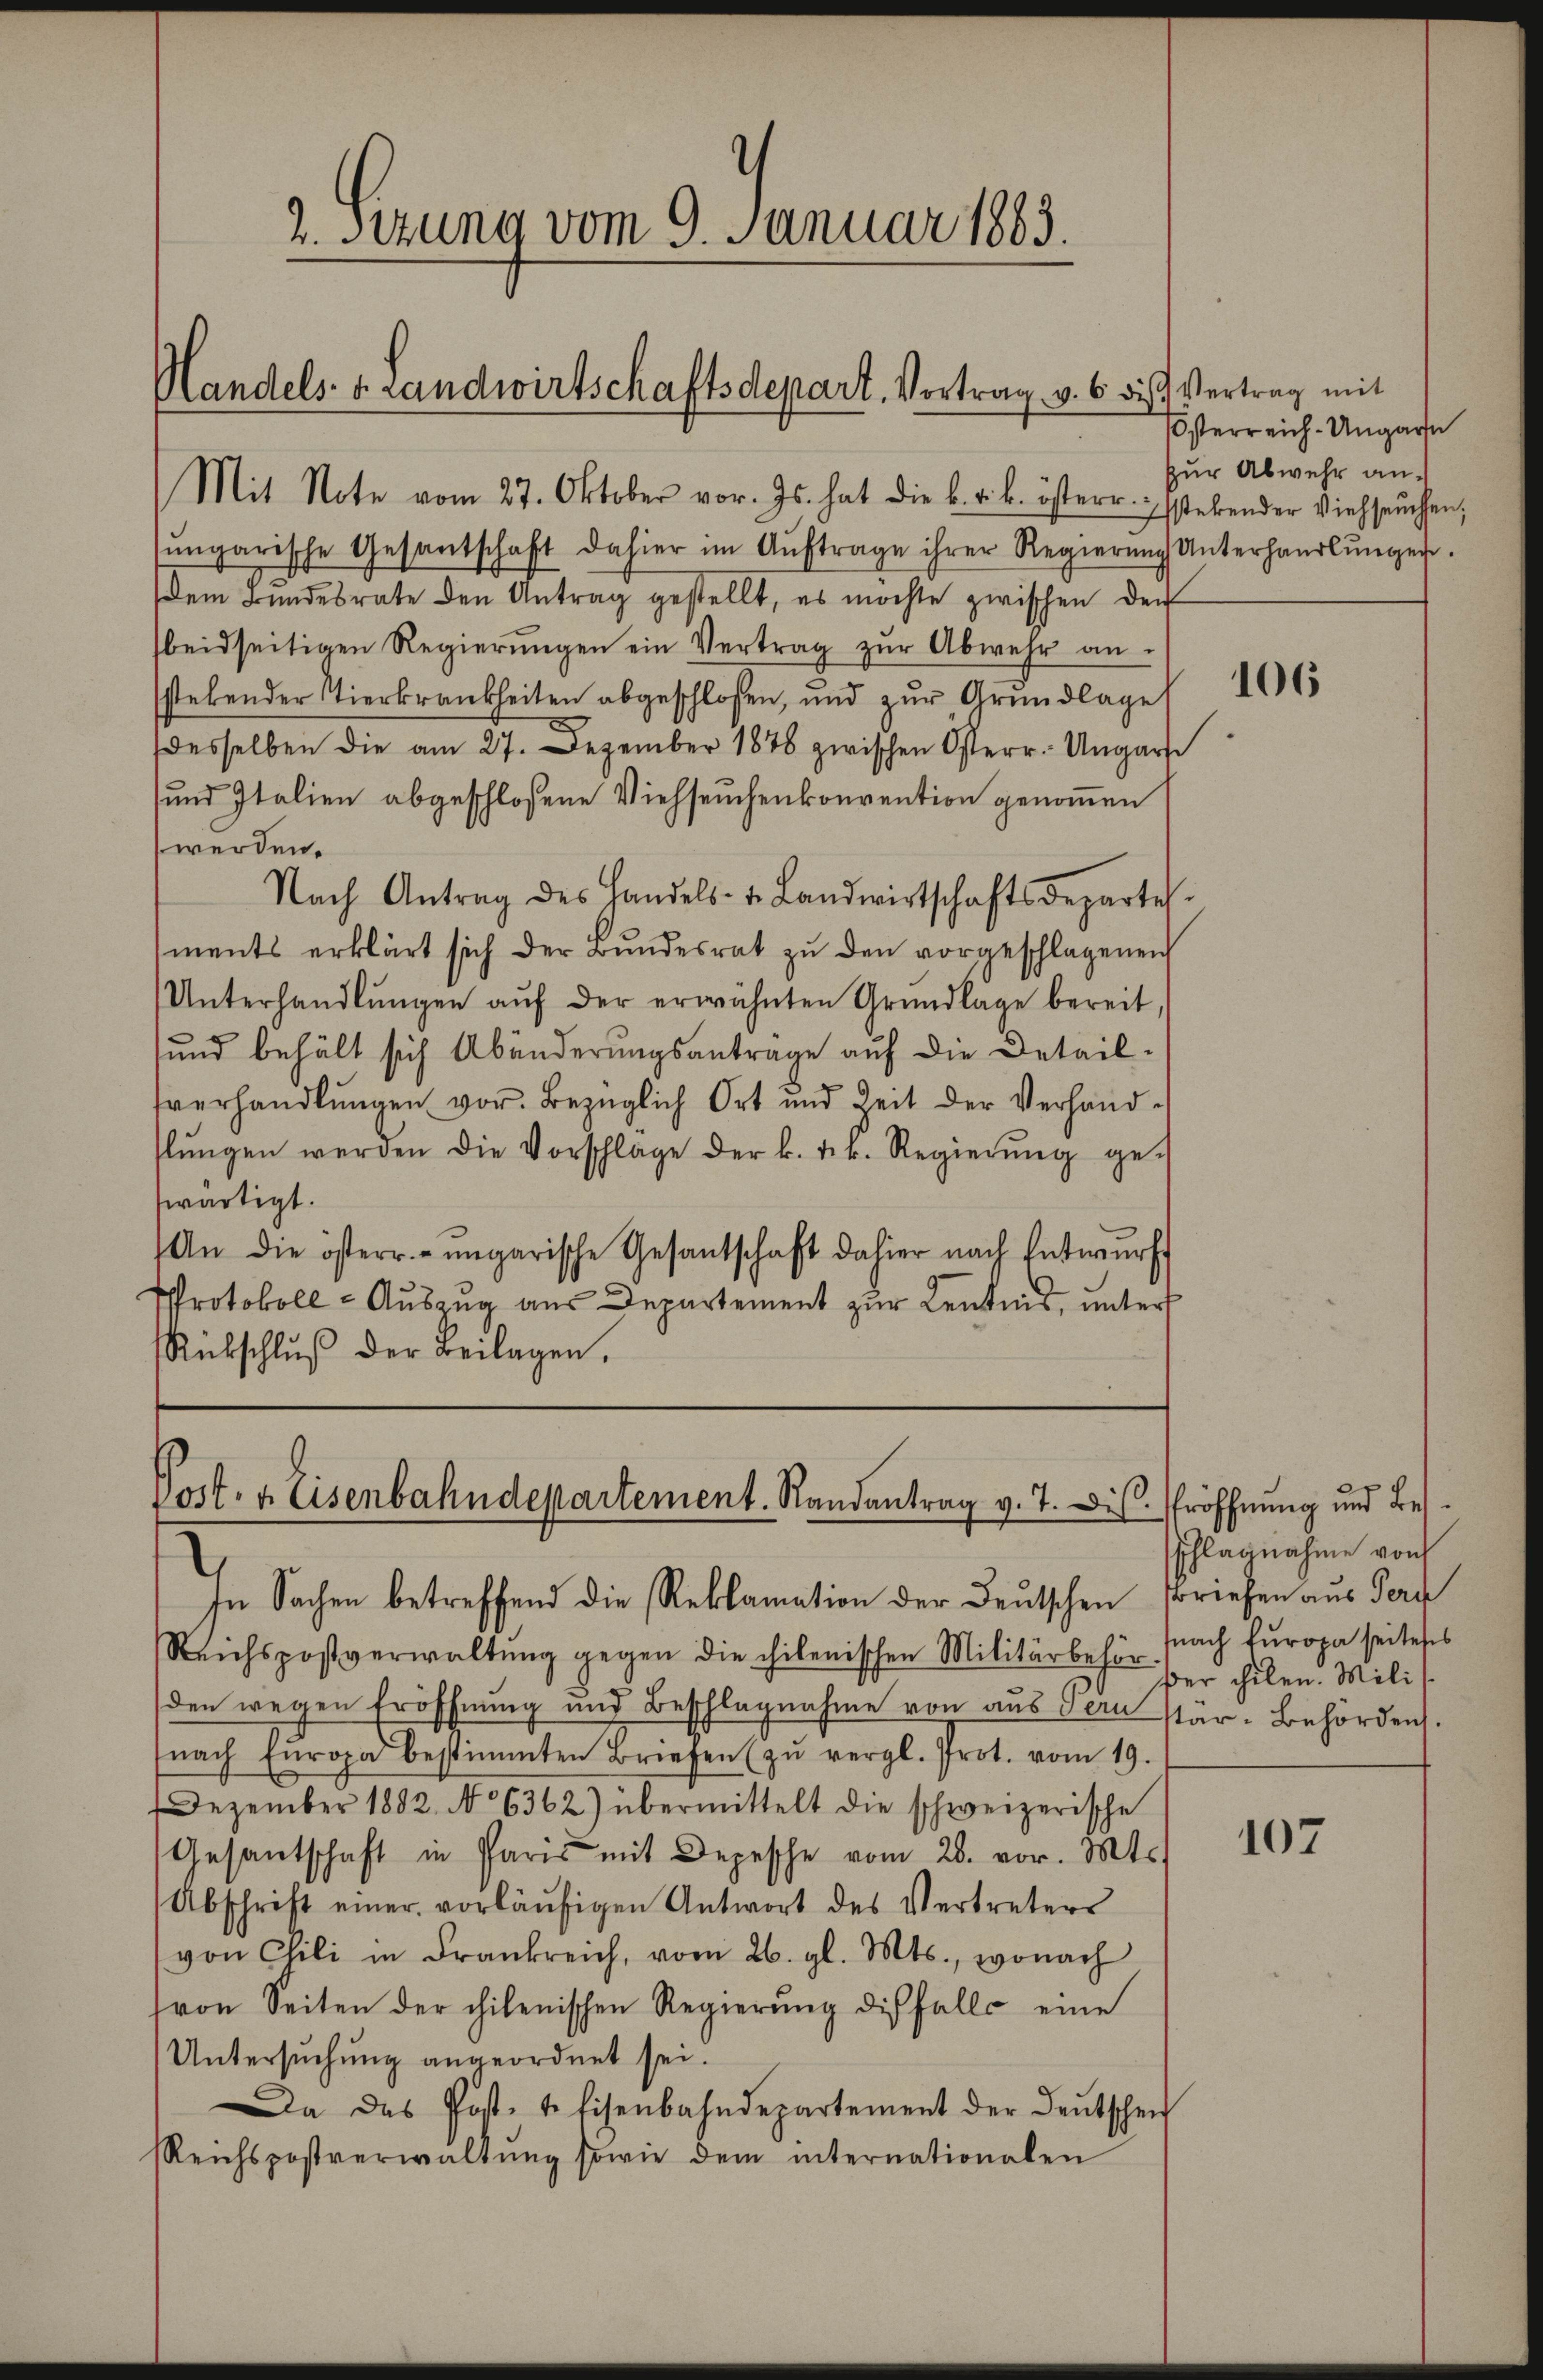
2. Setzung vom 9. Januar 1883.

Handels- & Landwirtschaftsdepart. Vortrag v. 6. die Vertrag mit
Mit Note vom 27. Oktober vor. Js. hat die k. k. k. österr. stehender Viehseuchen.

sŭngarische Gesantschaft dahier im Aŭftrage ihrer Regierŭng Unterhandlŭngen.
dem Bundesrate den Antrag gestellt, es möchte zwischen der
beidseitigen Regierŭngen ein Vertrag zŭr Abwehr an.
sstehender Tierkrankheiten abgeschlossen, und zur Grundlage
desselben die am 27. Dezember 1878 zwischen Osterr.- Ungarte
und Italien abgeschloßene Viehseuchenkonvention genommen
werden.
Nach Antrag des Handels- u. Landwirtschaftsdepartes.
ments erklärt sich der Bŭndesrat zŭ den vorgeschlagenen
Unterhandlŭngen aŭf der erwähnten Grundlage bereit,
sund behält sich Abänderungsantrage auf die Detailsverhandlŭngen vor. Bezüglich Ort und Zeit der Verhand-
lŭngen werden die Vorschlage der k. k.k. Regierŭng ge-
wärtigt.
An die österr.-ungarische Gesantschaft dahier nach Entwŭrf
Protokoll - Auszug aus Departement zur Kentnis, unter
Rükschlŭβ der Beilagen.

Vort. 4. Eisenbahndepartement. Randantrag v. 7. Dis. Eröffnung und Bes¬
In Sachen betreffend die Reklamation der Deutschen Briefen aus Ferd

Reichspostverwaltŭng gegen die chilenischen Militärbehör snach furopa seitetes
den wegen Eröffnung und Beschlagnahme von aus Tern stär-Behörden.
(nach Europa bestimmten Briefen zŭ vergl. Prot. vom 19.
Dezember 1882. No 6362) übermittelt die schweizerische
Gesantschaft in Paris mit Depesche vom 28. vor. Mts.
Abschrift einer vorläŭfigen Antwort des Vertreters
von Cili in Frankreich, vom 26. gl. Mts., wonach
von Seiten der chilenischen Regierŭng diesfalls eine
Untersuchung angeordnet sei.
Da das Post- & Eisenbahndepartement der Leŭtschen
Reichspostverwaltŭng sowie dem internationalen

österreich-Ungarn
zur Abwehr an¬

106

schlagnahme von
Der chilen. Mili

107